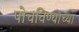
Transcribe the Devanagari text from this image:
पोचविण्याच्या